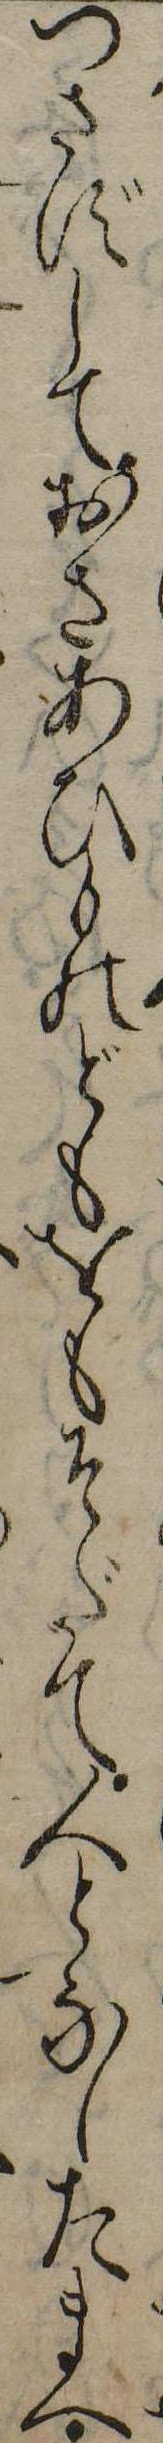
つさずしておさあひものどもをもそだて人となしたまへ